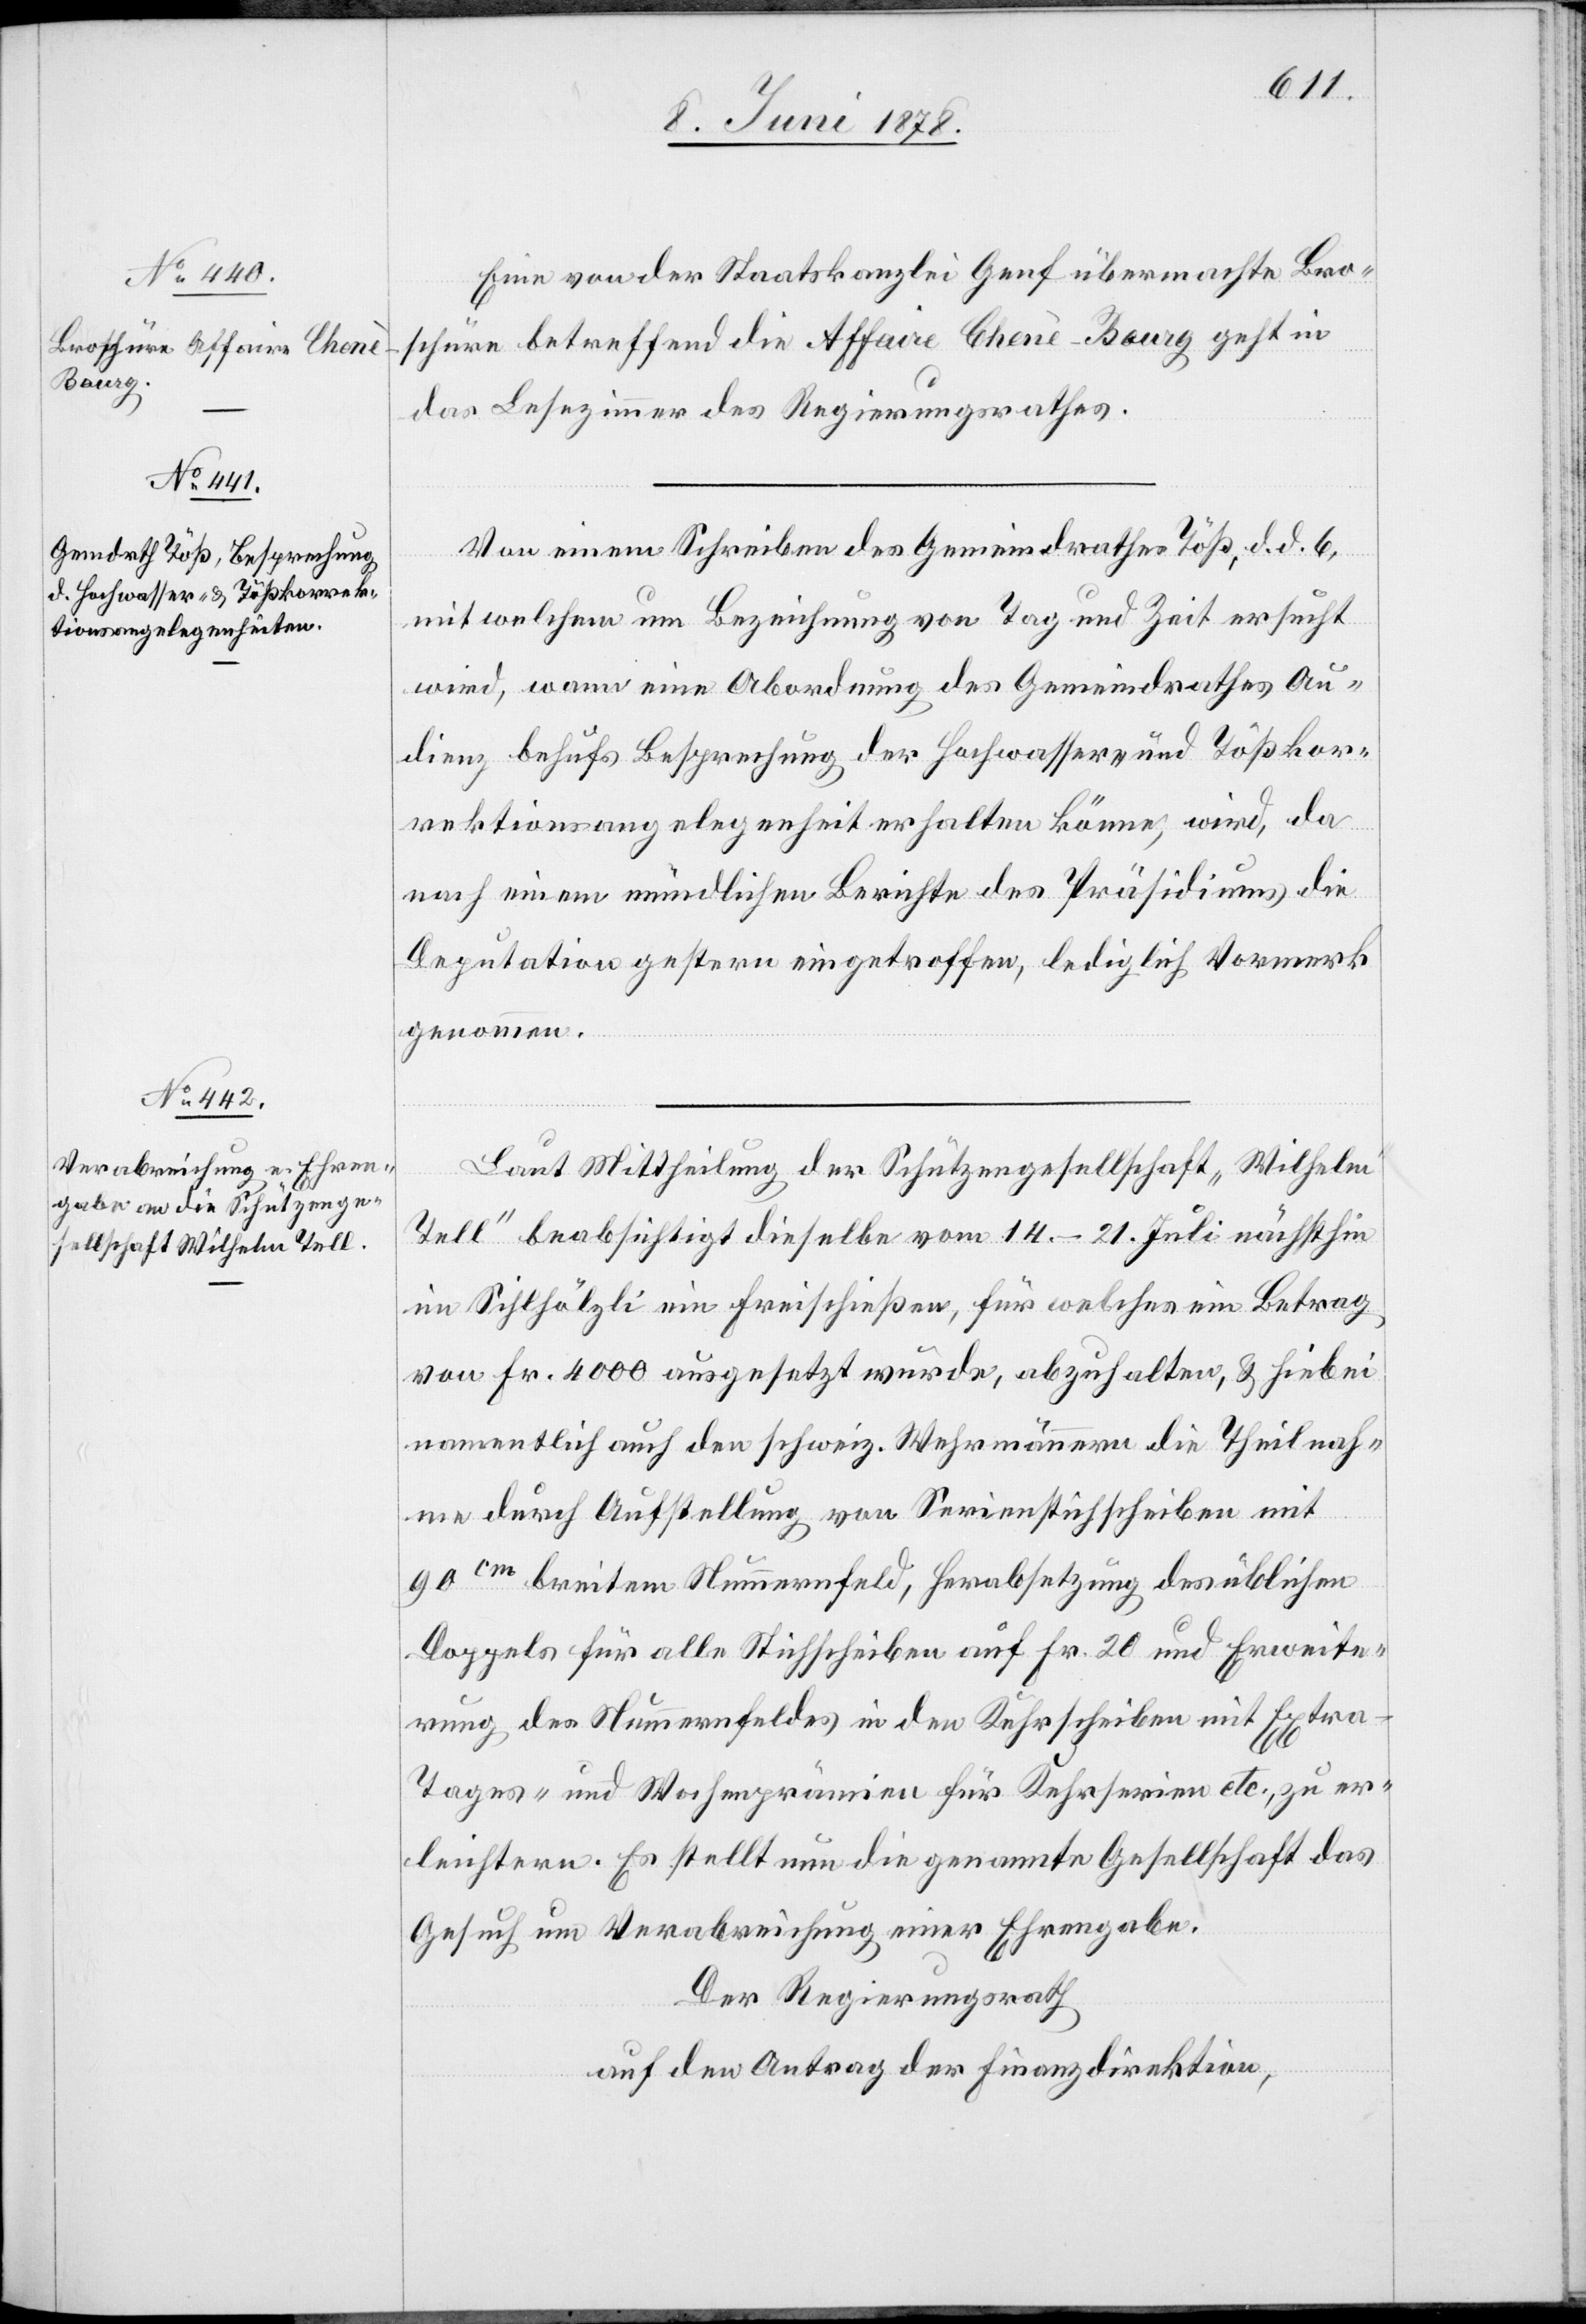
Eine von der Staatskanzlei Genf übermachte Bro¬
schüre betreffend die Affaire Chenè-Bourg geht in
das Lesezimmer des Regierungsrathes.
Von einem Schreiben des Gemeindrathes Töß, d. d. 6.,
mit welchem um Bezeichnung von Tag und Zeit ersucht
wird, wann eine Abordnung des Gemeindrathes Au¬
dienz behufs Besprechung der Hochwasser- und Tößkor¬
rektionsangelegenheit erhalten könne, wird, da
nach einem mündlichen Berichte des Präsidiums die
Deputation gestern eingetroffen, lediglich Vormerk
genommen.
Laut Mittheilung der Schützengesellschaft „Wilhelm
Tell“ beabsichtigt dieselbe vom 14.–21. Juli nächsthin
im Sihlhölzli ein Freischießen, für welches ein Betrag
von Fr. 4000 ausgesetzt wurde, abzuhalten, & hiebei
namentlich auch den schweiz. Wehrmännern die Theilnah¬
me durch Aufstellung von Serienstiftscheiben mit
90cm breitem Nummernfeld, Herabsetzung des üblichen
Doppels für alle Stichscheiben auf Fr. 20 und Erweite¬
rung des Nummernfeldes in den Kehrscheiben mit Extra
Tages- und Wochenprämien für Kehrserien etc. zu er¬
leichtern. Es stellt nun die genannte Gesellschaft das
Gesuch um Verabreichung einer Ehrengabe.
Der Regierungsrath
auf den Antrag der Finanzdirektion,